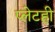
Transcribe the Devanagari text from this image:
प्लेटही